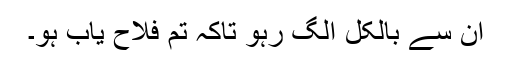
ان سے بالکل الگ رہو تاکہ تم فلاح یاب ہو۔